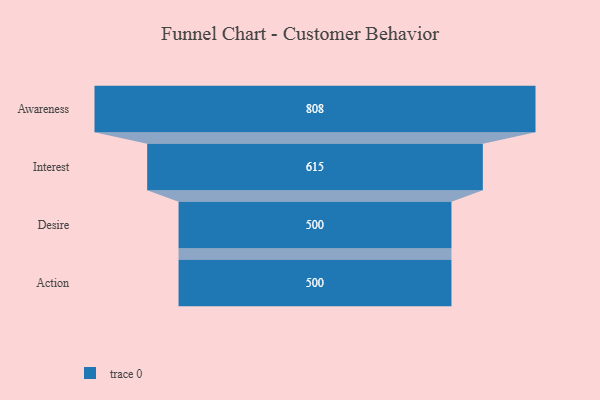
{"axis": {"x": "Stage", "y": "Value"}, "legend": [""], "data": [{"x": "Awareness", "y": 808.0, "type": ""}, {"x": "Interest", "y": 615.0, "type": ""}, {"x": "Desire", "y": 500, "type": ""}, {"x": "Action", "y": 500, "type": ""}]}